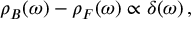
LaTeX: \rho _ { B } ( \omega ) - \rho _ { F } ( \omega ) \propto \delta ( \omega ) \, ,